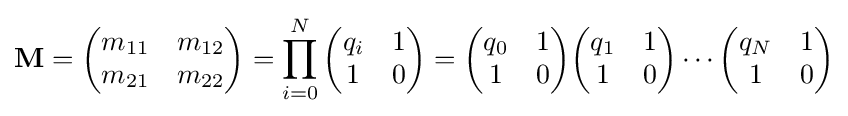
\mathbf {M} ={\begin{pmatrix}m_{11}&m_{12}\\m_{21}&m_{22}\end{pmatrix}}=\prod _{i=0}^{N}{\begin{pmatrix}q_{i}&1\\1&0\end{pmatrix}}={\begin{pmatrix}q_{0}&1\\1&0\end{pmatrix}}{\begin{pmatrix}q_{1}&1\\1&0\end{pmatrix}}\cdots {\begin{pmatrix}q_{N}&1\\1&0\end{pmatrix}}